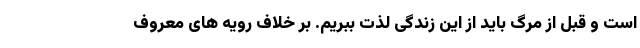
است و قبل از مرگ باید از این زندگی لذت ببریم. بر خلاف رویه های معروف